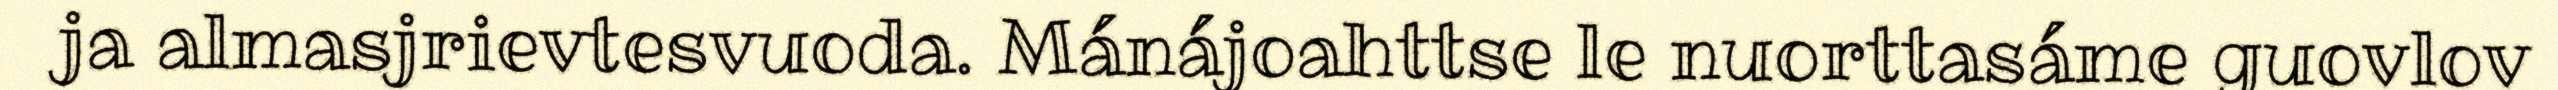
ja almasjrievtesvuoda. Mánájoahttse le nuorttasáme guovlov